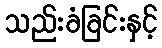
သည်းခံခြင်းနှင့်